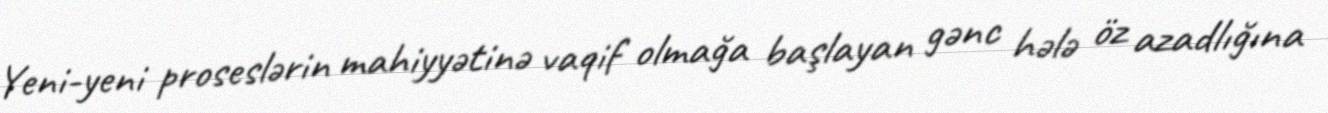
Yeni-yeni proseslərin mahiyyətinə vaqif olmağa başlayan gənc hələ öz azadlığına